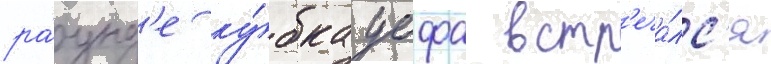
ра́унд'е ку́бка уефа встр'еча́лс'я